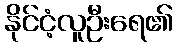
နိုင်ငံ့လူဦးရေ၏